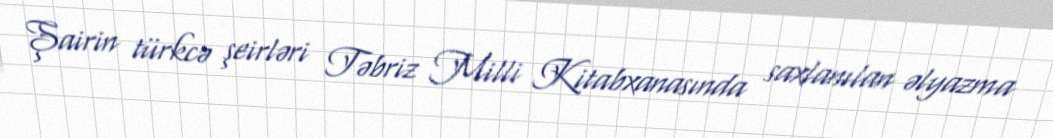
Şairin türkcə şeirləri Təbriz Milli Kitabxanasında saxlanılan əlyazma